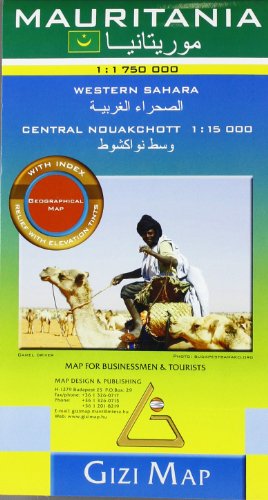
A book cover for Mauritania Geographical Western Sahara (English and French Edition); Gizi; Travel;